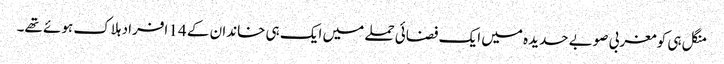
منگل ہی کو مغربی صوبے حدیدہ میں ایک فضائی حملے میں ایک ہی خاندان کے 14 افراد ہلاک ہوئے تھے۔